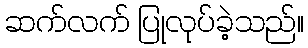
ဆက်လက် ပြုလုပ်ခဲ့သည်။